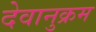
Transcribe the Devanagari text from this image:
देवानुक्रम